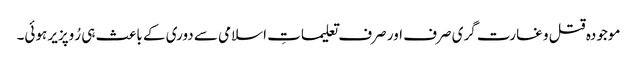
موجودہ قتل و غارت گری صرف اور صرف تعلیماتِ اسلامی سے دوری کے باعث ہی رُوپزیر ہوئی۔